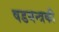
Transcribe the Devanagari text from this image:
षडयन्त्रकी